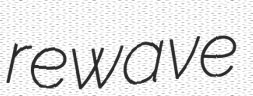
rewave